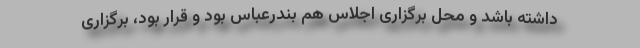
داشته باشد و محل برگزاری اجلاس هم بندرعباس بود و قرار بود، برگزاری